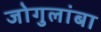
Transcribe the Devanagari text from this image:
जोगुलांबा